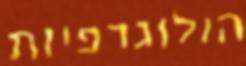
הולוגרפיות